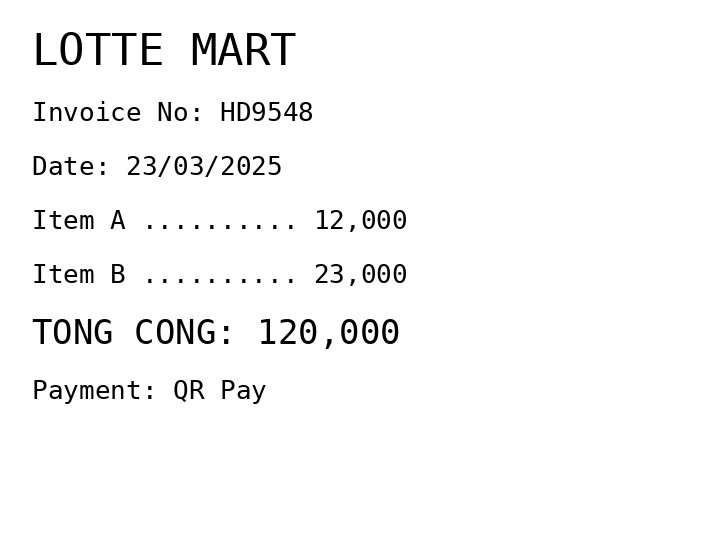
LOTTE MART
Invoice No: HD9548
Date: 23/03/2025
Item A .......... 12,000
Item B .......... 23,000
TONG CONG: 120,000
Payment: QR Pay
Merchant: lotte mart
Date: 2025-03-23
Total: 120000
Invoice No: HD9548
Payment method: QR